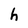
Character: h